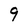
Character: 9